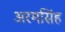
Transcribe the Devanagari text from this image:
अरमसिंह